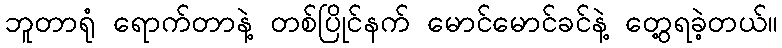
ဘူတာရုံ ရောက်တာနဲ့ တစ်ပြိုင်နက် မောင်မောင်ခင်နဲ့ တွေ့ရခဲ့တယ်။